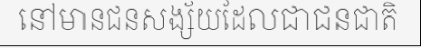
នៅមានជនសង្ស័យដែលជាជនជាតិ